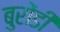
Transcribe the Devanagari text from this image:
बुरोंडी